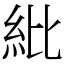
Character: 紕